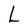
Character: L